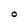
Character: O